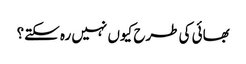
بھائی کی طرح کیوں نہیں رہ سکتے؟